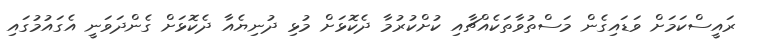
ރައީސްކަމަށް ވަޑައިގެން މަސްތުވާތަކެއްޗާއި ކުށްކުރުމާ ދެކޮޅަށް މުޅި ދުނިޔެއާ ދެކޮޅަށް ގެންދަވަނީ އެގައުމުގައި